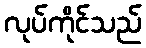
လုပ်ကိုင်သည်